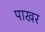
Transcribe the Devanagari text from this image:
पाखर